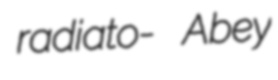
radiato- Abey